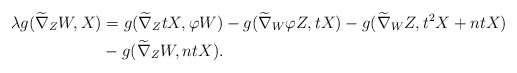
\begin{align*}\lambda g(\widetilde\nabla_{Z}W, X) &= g(\widetilde\nabla_{Z}tX, \varphi W)-g(\widetilde\nabla_{W}\varphi Z,tX)-g(\widetilde\nabla_{W}Z, t^{2}X+ntX) \\&-g(\widetilde\nabla_{Z}W, ntX). \end{align*}